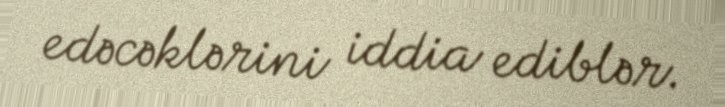
edəcəklərini iddia ediblər.